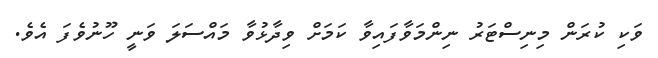
ވަކި ކުރަން މިނިސްޓަރު ނިންމަވާފައިވާ ކަމަށް ވިދާޅުވާ މައްސަލަ ވަނީ ހޫނުވެފަ އެވެ.